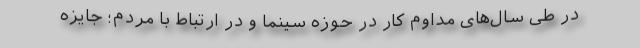
در طی سال‌های مداوم کار در حوزه سینما و در ارتباط با مردم؛ جایزه